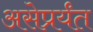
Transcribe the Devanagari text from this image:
असेप्रर्यंत